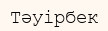
Тәуірбек